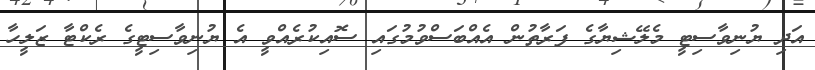
އަދި ޔުނިވާސިޓީ މެލޭޝިޔާގެ ފަރާތުން އެއްބަސްވުމުގައި ސޮއިކުރެއްވީ އެ ޔުނިވާސިޓީގެ ރެކްޓާ ޒަލީހާ